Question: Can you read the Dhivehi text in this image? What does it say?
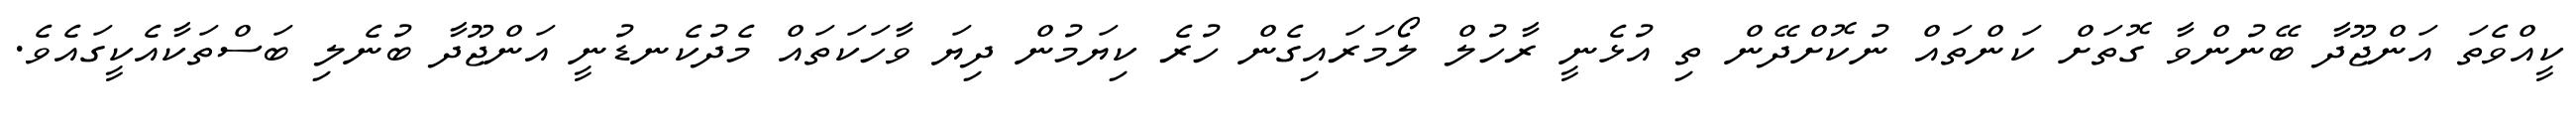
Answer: ކީއްވެތަ އަންޖޫދާ ބޭނުންވާ ގޮތަށް ކަންތައް ނުކޮށްދޭން ތި އުޅެނީ ރާހުލް ލޯމަރައިގެން ހުރެ ކިޔަމުން ދިޔަ ވާހަކަތައް މެދުކެނޑުނީ އަންޖޫދާ ބުނެލި ބަސްތަކާއެކީގައެވެ.